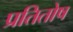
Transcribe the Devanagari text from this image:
प्रतितोष